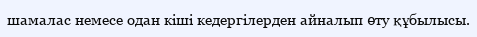
шамалас немесе одан кіші кедергілерден айналып өту құбылысы.